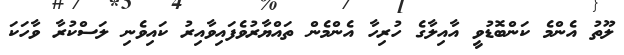
ލޫތު އެންމެ ކަންބޮޑުވީ އާއިލާގެ ހުރިހާ އެންމެން ތައްޔާރުވެފައިވާއިރު ކައިވެނި ލަސްކުރާ ވާހަކަ